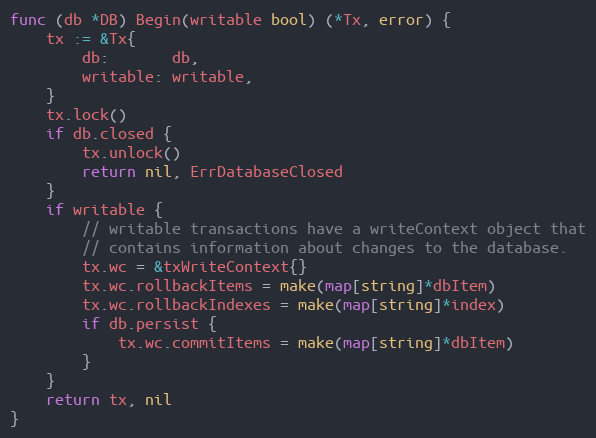
Language: Go
func (db *DB) Begin(writable bool) (*Tx, error) {
	tx := &Tx{
		db:       db,
		writable: writable,
	}
	tx.lock()
	if db.closed {
		tx.unlock()
		return nil, ErrDatabaseClosed
	}
	if writable {
		// writable transactions have a writeContext object that
		// contains information about changes to the database.
		tx.wc = &txWriteContext{}
		tx.wc.rollbackItems = make(map[string]*dbItem)
		tx.wc.rollbackIndexes = make(map[string]*index)
		if db.persist {
			tx.wc.commitItems = make(map[string]*dbItem)
		}
	}
	return tx, nil
}